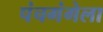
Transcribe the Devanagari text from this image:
पंचगंगेला